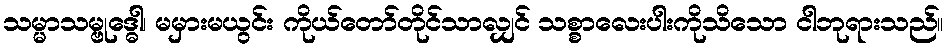
သမ္မာသမ္ဗုဒ္ဓေါ၊ မမှားမယွင်း ကိုယ်တော်တိုင်သာလျှင် သစ္စာလေးပါးကိုသိသော ငါဘုရားသည်။